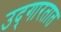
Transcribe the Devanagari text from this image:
उद्‌गारतात